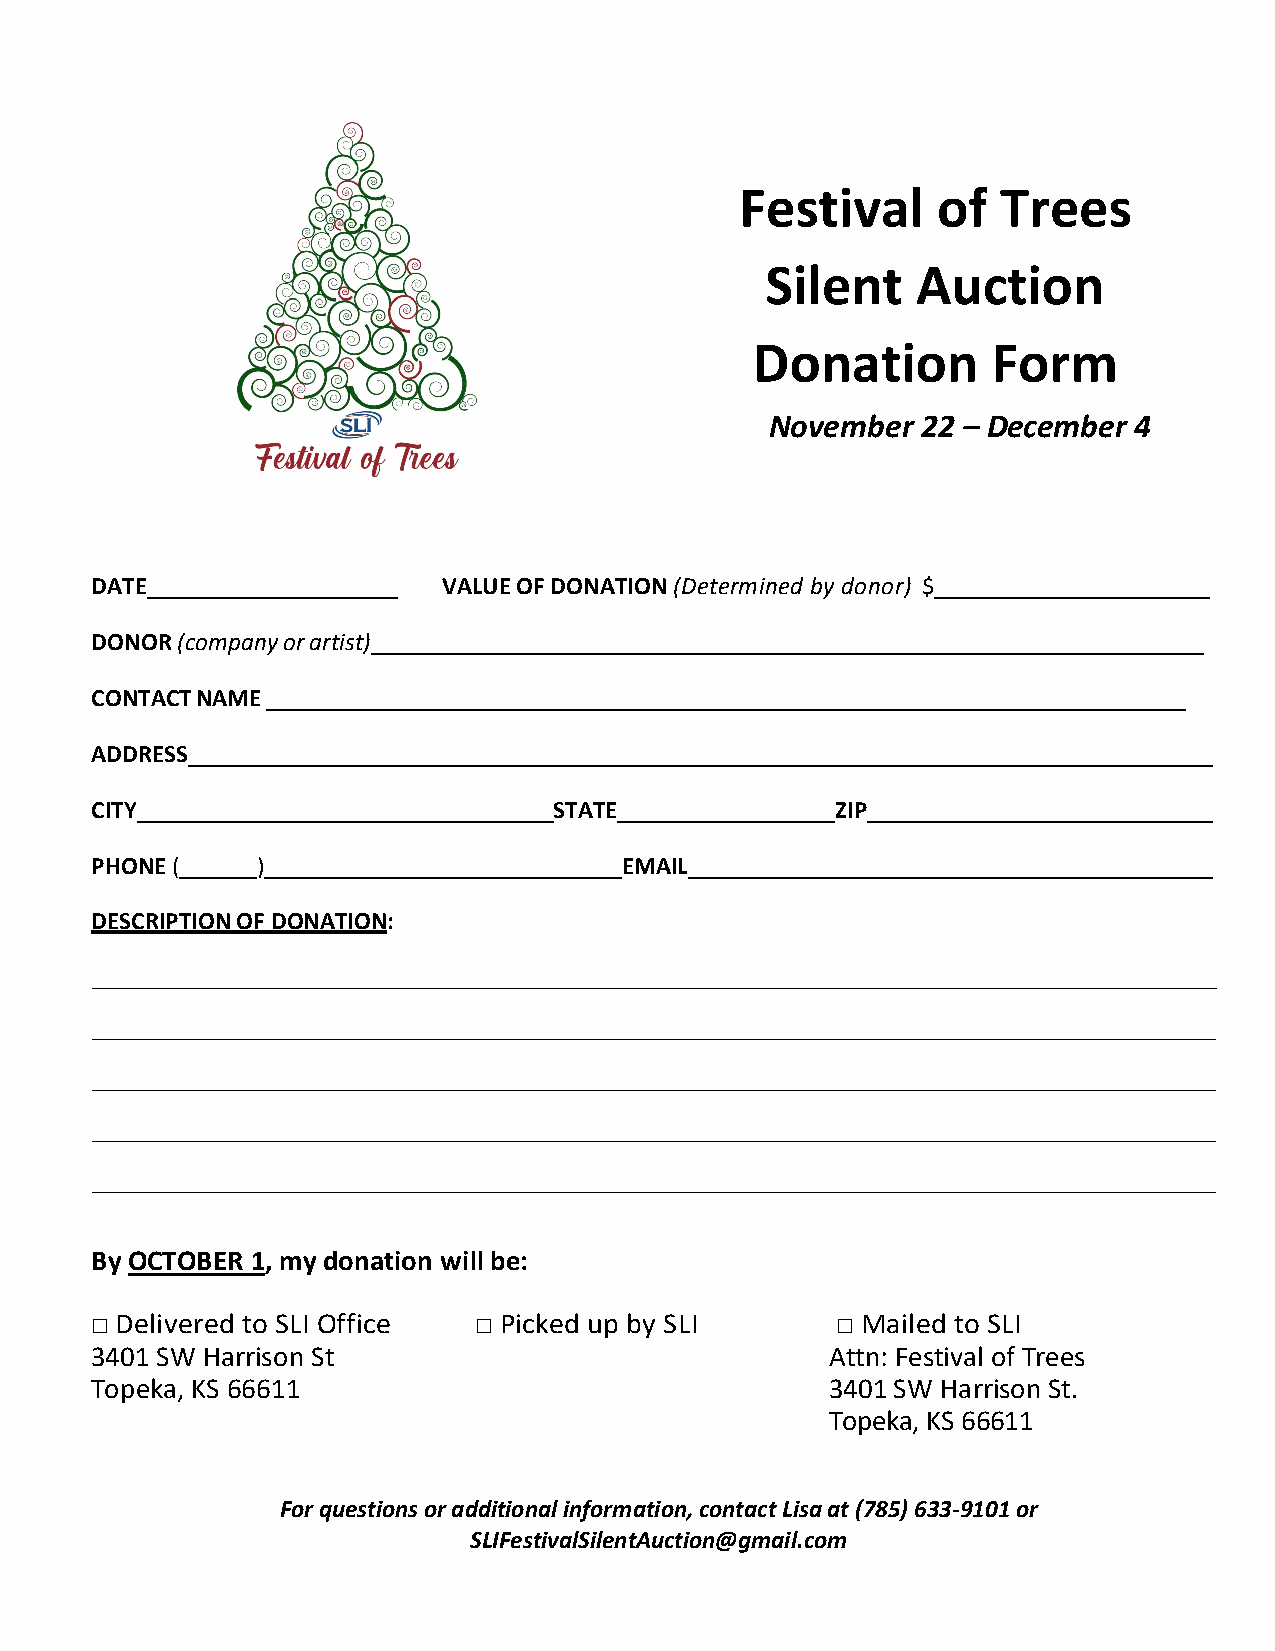
Festival     of  Trees
 Silent    Auction
 Donation        Form
 November  22 – December 4
 DATE                   VALUE OF DONATION (Determined by donor) $
 DONOR (company or artist)
 CONTACT NAME
 ADDRESS
 CITY                           STATE             ZIP
 PHONE (    )                       EMAIL
 DESCRIPTION OF DONATION:
 By OCTOBER 1, my donation will be:
 □ Delivered to SLI Office □ Picked up by SLI     □ Mailed to SLI
 3401 SW Harrison St                              Attn: Festival of Trees
 Topeka, KS 66611                                 3401 SW Harrison St.
 Topeka, KS 66611
 For questions or additional information, contact Lisa at (785) 633-9101 or
 SLIFestivalSilentAuction@gmail.com